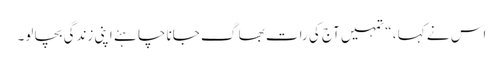
اس نے کہا ، “تمہیں آج کی رات بھا گ جاناچا ہئے اپنی زندگی بچا لو۔